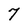
Character: 7